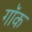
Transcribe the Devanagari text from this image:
गॉक